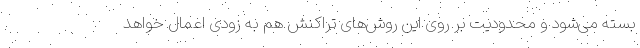
بسته می‌شود و محدودیت بر روی این روش‌های تراکنش هم به زودی اعمال خواهد